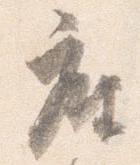
座